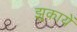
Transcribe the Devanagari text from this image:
झुकायें